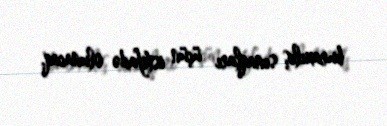
buraxılış sınaqları üçün istifadə olunacaq.